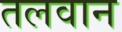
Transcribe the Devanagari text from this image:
तलवान